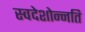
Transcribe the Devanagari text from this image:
स्वदेशोन्नति